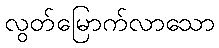
လွတ်မြောက်လာသော